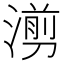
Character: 𪷇